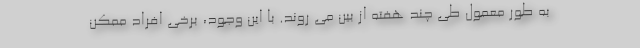
به طور معمول طی چند هفته از بین می روند. با این وجود، برخی افراد ممکن